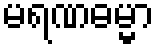
မရဏဓမ္မာ